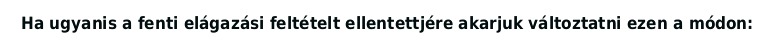
Ha ugyanis a fenti elágazási feltételt ellentettjére akarjuk változtatni ezen a módon: